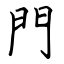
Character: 門